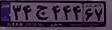
۳۴ج۴۴۴۶۷